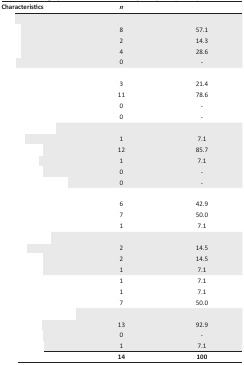
<table><thead><tr><td><b>Characteristics</b></td><td><b><i>n</i></b></td><td>[EMPTY_CELL]</td></tr></thead><tbody><tr><td colspan="3">[EMPTY_CELL]</td></tr><tr><td>[EMPTY_CELL]</td><td>8</td><td>57.1</td></tr><tr><td>[EMPTY_CELL]</td><td>2</td><td>14.3</td></tr><tr><td>[EMPTY_CELL]</td><td>4</td><td>28.6</td></tr><tr><td>[EMPTY_CELL]</td><td>0</td><td>-</td></tr><tr><td colspan="3">[EMPTY_CELL]</td></tr><tr><td>[EMPTY_CELL]</td><td>3</td><td>21.4</td></tr><tr><td>[EMPTY_CELL]</td><td>11</td><td>78.6</td></tr><tr><td>[EMPTY_CELL]</td><td>0</td><td>-</td></tr><tr><td>[EMPTY_CELL]</td><td>0</td><td>-</td></tr><tr><td colspan="3">[EMPTY_CELL]</td></tr><tr><td>[EMPTY_CELL]</td><td>1</td><td>7.1</td></tr><tr><td>[EMPTY_CELL]</td><td>12</td><td>85.7</td></tr><tr><td>[EMPTY_CELL]</td><td>1</td><td>7.1</td></tr><tr><td>[EMPTY_CELL]</td><td>0</td><td>-</td></tr><tr><td>[EMPTY_CELL]</td><td>0</td><td>-</td></tr><tr><td colspan="3">[EMPTY_CELL]</td></tr><tr><td>[EMPTY_CELL]</td><td>6</td><td>42.9</td></tr><tr><td>[EMPTY_CELL]</td><td>7</td><td>50.0</td></tr><tr><td>[EMPTY_CELL]</td><td>1</td><td>7.1</td></tr><tr><td colspan="3">[EMPTY_CELL]</td></tr><tr><td>[EMPTY_CELL]</td><td>2</td><td>14.5</td></tr><tr><td>[EMPTY_CELL]</td><td>2</td><td>14.5</td></tr><tr><td>[EMPTY_CELL]</td><td>1</td><td>7.1</td></tr><tr><td>[EMPTY_CELL]</td><td>1</td><td>7.1</td></tr><tr><td>[EMPTY_CELL]</td><td>1</td><td>7.1</td></tr><tr><td>[EMPTY_CELL]</td><td>7</td><td>50.0</td></tr><tr><td colspan="3">[EMPTY_CELL]</td></tr><tr><td>[EMPTY_CELL]</td><td>13</td><td>92.9</td></tr><tr><td>[EMPTY_CELL]</td><td>0</td><td>-</td></tr><tr><td>[EMPTY_CELL]</td><td>1</td><td>7.1</td></tr><tr><td>[EMPTY_CELL]</td><td><b>14</b></td><td><b>100</b></td></tr></tbody></table>